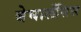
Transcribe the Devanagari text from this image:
बेघालेंसिस